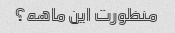
منظورت این ماهه؟